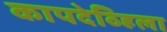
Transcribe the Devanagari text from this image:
कापदेव्हिला